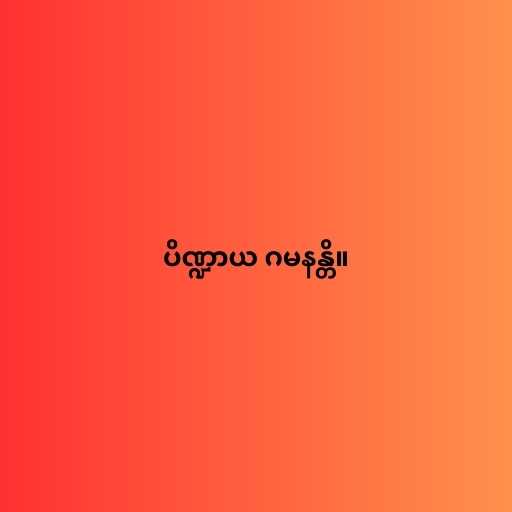
ပိဏ္ဍာယ ဂမနန္တိ။